Report on horse surra - Volume II, Part II
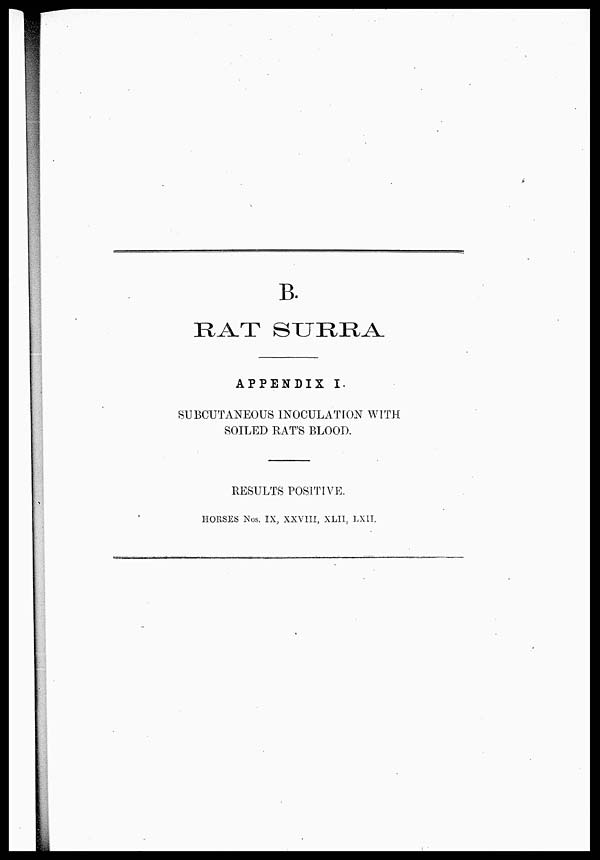
B.
RAT SURRA
APPENDIX I.
SUBCUTANEOUS INOCULATION WITH
SOILED RAT'S BLOOD.
RESULTS POSITIVE.
HORSES Nos. IX, XXVIII, XLII, LXII.